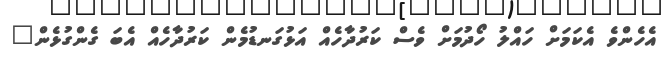
އެހެންވެ އެކަމަށް ހައްލު ހޯދުމަށް ވެސް ކަރުދާހެއް އަޅުގަނޑުމެން ކަރުދާހެއް އެބަ ގެންގުޅެން"